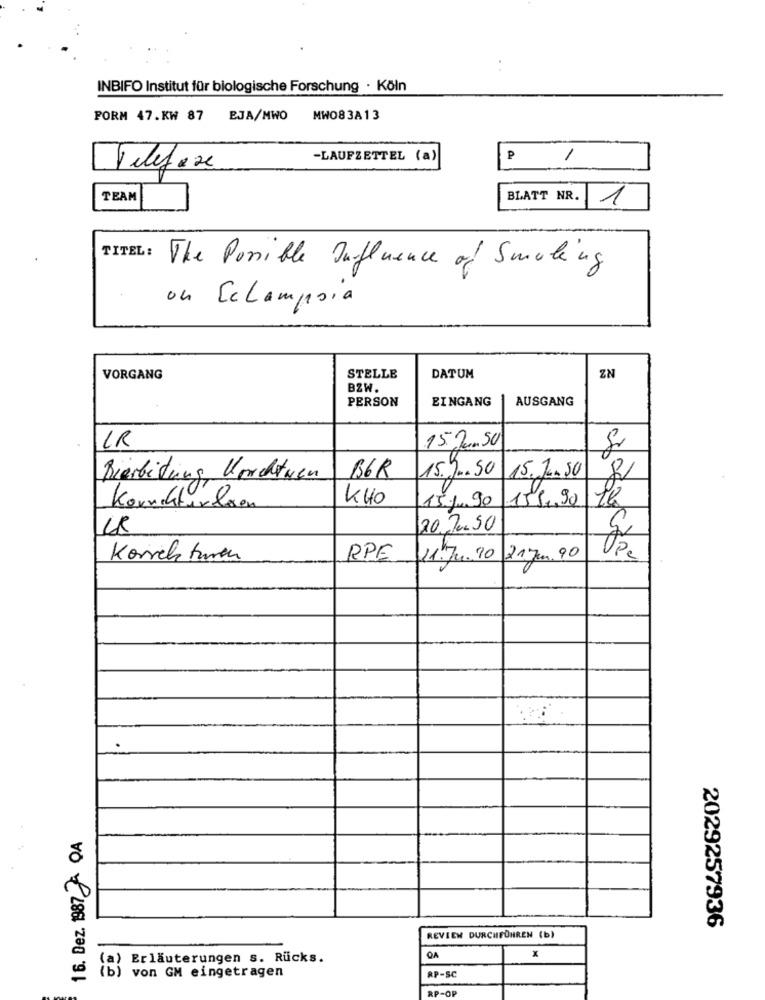
. .
INBIFO Institut für biologische Forschung · Köln
PORM 47.KW 87 EJA/MWO MW083A13
-LAUFZETTEL (a)
P
TEAM
BLATT NR.
1
TITEL:
The Possible Influence of Smoking
on Eclampsia
VORGANG
STELLE
DATUM
ZN
BZW.
PERSON
EINGANG
AUSGANG
CR
15 Jun 50
Bierbitung Korchtwen
B6R
15.9 .. 50 15.1.50
440
151. 90
159.90
Korrekturlesen
20.70.50
Korrekturen
RPF
11.71.10
21Jun. 90
16. Dez. 1987 ª OA
2029257936
REVIEW DURCHFÜHREN (b)
(a) Erläuterungen s. Rucks.
OA
x
(b) von GM eingetragen
RP-SC
RP-OP